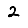
Digit: 2